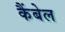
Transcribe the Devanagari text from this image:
कैंबेल